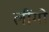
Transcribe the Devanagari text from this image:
लींगो